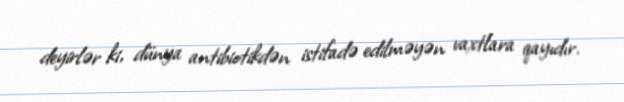
deyirlər ki, dünya antibiotikdən istifadə edilməyən vaxtlara qayıdır.